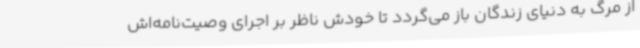
از مرگ به دنیای زندگان باز می‌گردد تا خودش ناظر بر اجرای وصیت‌نامه‌اش